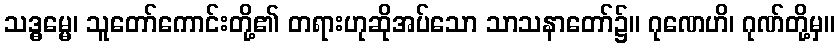
သဒ္ဓမ္မေ၊ သူတော်ကောင်းတို့၏ တရားဟုဆိုအပ်သော သာသနာတော်၌။ ဂုဏေဟိ၊ ဂုဏ်တို့မှ။